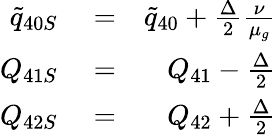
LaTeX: \begin{array}{rlr}{\tilde{q}_{40S}}&{{}=}&{\tilde{q}_{40}+\frac{\Delta}{2}\frac{\nu}{\mu_{g}}}\\ {Q_{41S}}&{{}=}&{Q_{41}-\frac{\Delta}{2}}\\ {Q_{42S}}&{{}=}&{Q_{42}+\frac{\Delta}{2}}\end{array}